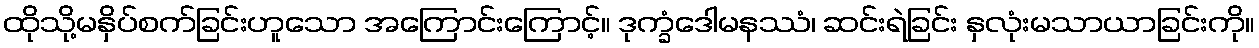
ထိုသို့မနှိပ်စက်ခြင်းဟူသော အကြောင်းကြောင့်။ ဒုက္ခံဒေါမနဿံ၊ ဆင်းရဲခြင်း နှလုံးမသာယာခြင်းကို။